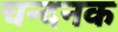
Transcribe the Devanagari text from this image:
चन्दनक